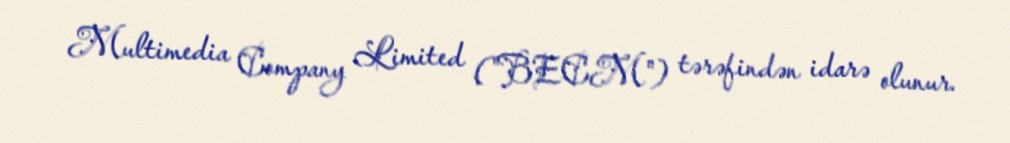
Multimedia Company Limited ("BECM") tərəfindən idarə olunur.